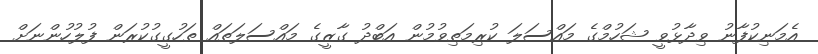
އެމަނިކުފާނު ވިދާޅުވީ ޝަހުމްގެ މައްސަލަ ކުރިމަތިވުމުން އަބްދު ގާޒީގެ މައްސަލަތައް ތަހުގީގުކުރަން ފުލުހުންނަށް